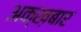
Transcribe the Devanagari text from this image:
अक्ख़बार